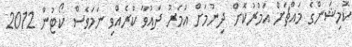
ކޮމިޝަންގެ މައްޗަށް އަމުރުކޮށް ދިނުމަށް އުމަރު ދައުވާ ކުރެއްވި ނަމަވެސް ކޯޓުން 2012